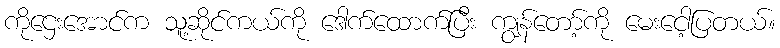
ကိုဌေးအောင်က သူ့ဆိုင်ကယ်ကို ဒေါက်ထောက်ပြီး ကျွန်တော့်ကို မေးငေါ့ပြတယ်။